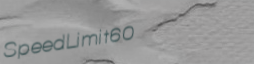
SpeedLimit60